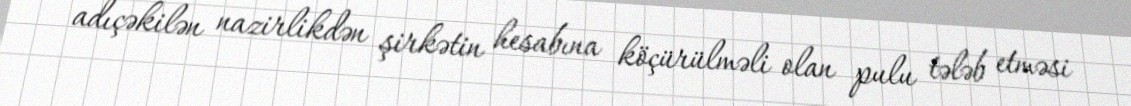
adıçəkilən nazirlikdən şirkətin hesabına köçürülməli olan pulu tələb etməsi